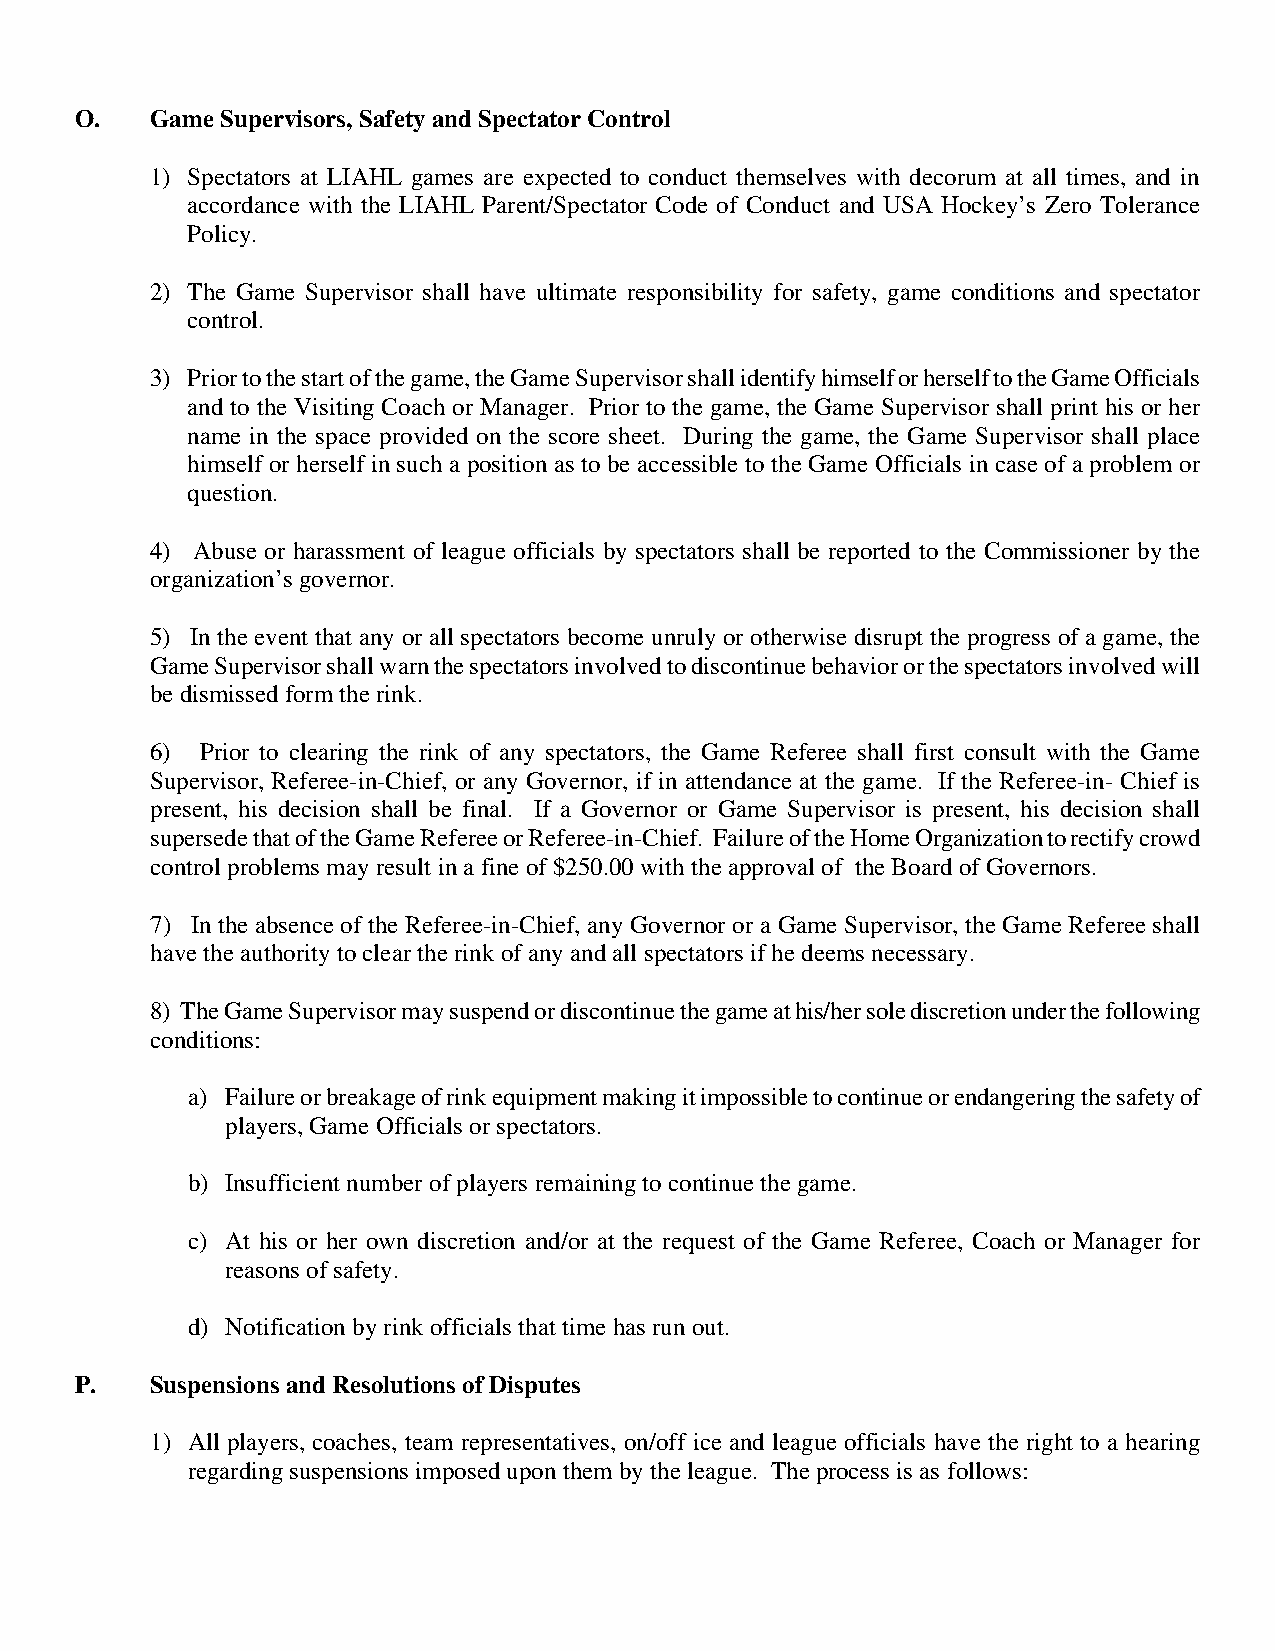
O.   Game Supervisors, Safety and Spectator Control
 1) Spectators at LIAHL games are expected to conduct themselves with decorum at all times, and in
 accordance with the LIAHL Parent/Spectator Code of Conduct and USA Hockey’s Zero Tolerance
 Policy.
 2) The Game Supervisor shall have ultimate responsibility for safety, game conditions and spectator
 control.
 3) Prior to the start of the game, the Game Supervisor shall identify himself or herself to the Game Officials
 and to the Visiting Coach or Manager. Prior to the game, the Game Supervisor shall print his or her
 name in the space provided on the score sheet. During the game, the Game Supervisor shall place
 himself or herself in such a position as to be accessible to the Game Officials in case of a problem or
 question.
 4) Abuse or harassment of league officials by spectators shall be reported to the Commissioner by the
 organization’s governor.
 5) In the event that any or all spectators become unruly or otherwise disrupt the progress of a game, the
 Game Supervisor shall warn the spectators involved to discontinue behavior or the spectators involved will
 be dismissed form the rink.
 6) Prior to clearing the rink of any spectators, the Game Referee shall first consult with the Game
 Supervisor, Referee-in-Chief, or any Governor, if in attendance at the game. If the Referee-in- Chief is
 present, his decision shall be final. If a Governor or Game Supervisor is present, his decision shall
 supersede that of the Game Referee or Referee-in-Chief. Failure of the Home Organization to rectify crowd
 control problems may result in a fine of $250.00 with the approval of the Board of Governors.
 7) In the absence of the Referee-in-Chief, any Governor or a Game Supervisor, the Game Referee shall
 have the authority to clear the rink of any and all spectators if he deems necessary.
 8) The Game Supervisor may suspend or discontinue the game at his/her sole discretion under the following
 conditions:
 a) Failure or breakage of rink equipment making it impossible to continue or endangering the safety of
 players, Game Officials or spectators.
 b) Insufficient number of players remaining to continue the game.
 c) At his or her own discretion and/or at the request of the Game Referee, Coach or Manager for
 reasons of safety.
 d) Notification by rink officials that time has run out.
 P.   Suspensions and Resolutions of Disputes
 1) All players, coaches, team representatives, on/off ice and league officials have the right to a hearing
 regarding suspensions imposed upon them by the league. The process is as follows: